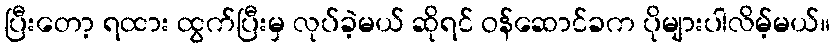
ပြီးတော့ ရထား ထွက်ပြီးမှ လုပ်ခဲ့မယ် ဆိုရင် ဝန်ဆောင်ခက ပိုများပါလိမ့်မယ်။